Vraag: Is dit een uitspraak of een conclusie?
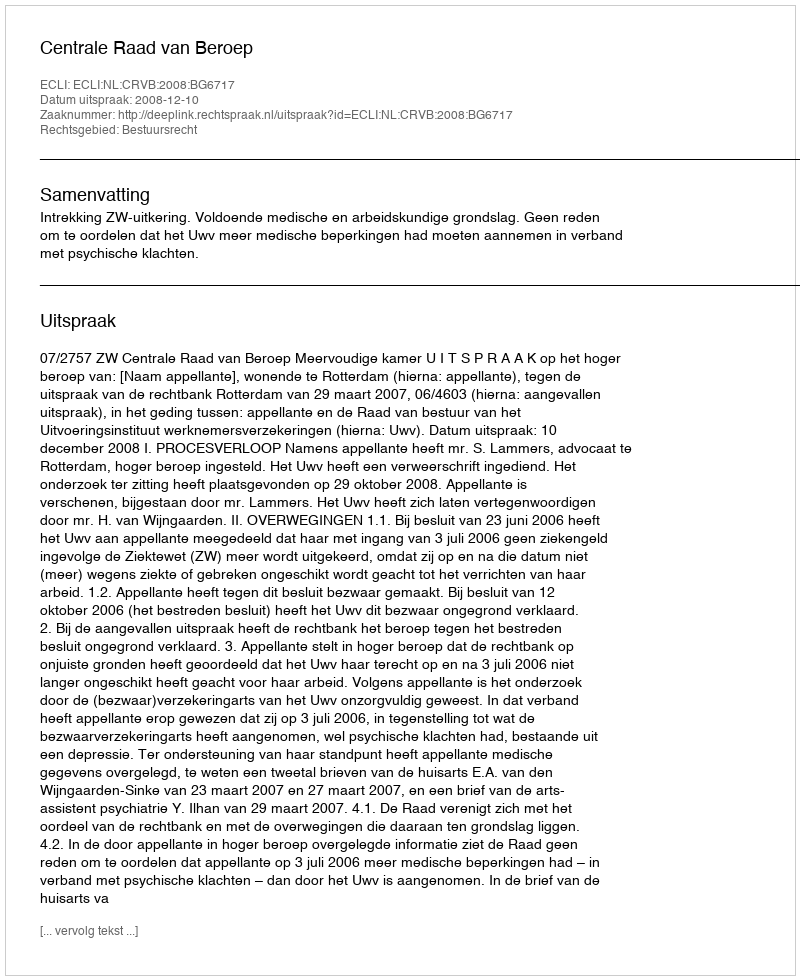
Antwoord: Uitspraak